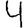
Digit: 4